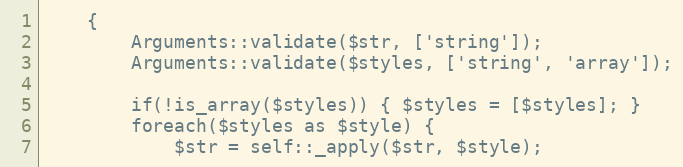
Language: PHP
    {
        Arguments::validate($str, ['string']);
        Arguments::validate($styles, ['string', 'array']);

        if(!is_array($styles)) { $styles = [$styles]; }
        foreach($styles as $style) {
            $str = self::_apply($str, $style);